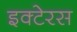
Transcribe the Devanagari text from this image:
इक्टेरस